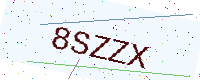
Text: 8SZZX